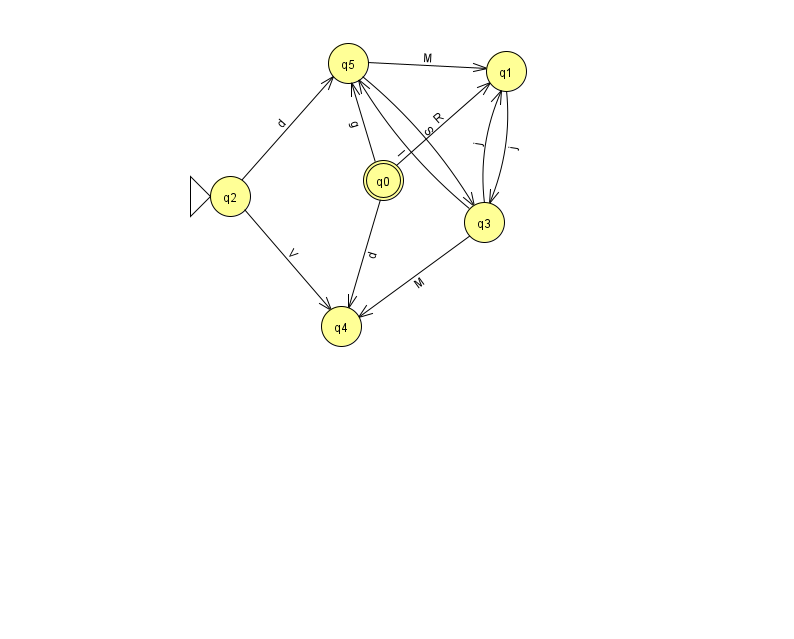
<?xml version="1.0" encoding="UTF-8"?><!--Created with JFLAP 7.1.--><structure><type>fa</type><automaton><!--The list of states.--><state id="0" name="q0"><x>383.0</x><y>167.0</y><final/></state><state id="1" name="q1"><x>506.0</x><y>58.0</y></state><state id="2" name="q2"><x>230.0</x><y>183.0</y><initial/></state><state id="3" name="q3"><x>484.0</x><y>209.0</y></state><state id="4" name="q4"><x>341.0</x><y>313.0</y></state><state id="5" name="q5"><x>348.0</x><y>50.0</y></state><!--The list of transitions.--><transition><from>3</from><to>4</to><read>M</read></transition><transition><from>5</from><to>3</to><read>S</read></transition><transition><from>2</from><to>4</to><read>V</read></transition><transition><from>0</from><to>4</to><read>d</read></transition><transition><from>2</from><to>5</to><read>d</read></transition><transition><from>5</from><to>1</to><read>M</read></transition><transition><from>0</from><to>1</to><read>R</read></transition><transition><from>0</from><to>5</to><read>g</read></transition><transition><from>3</from><to>5</to><read>l</read></transition><transition><from>1</from><to>3</to><read>j</read></transition><transition><from>3</from><to>1</to><read>j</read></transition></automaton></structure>